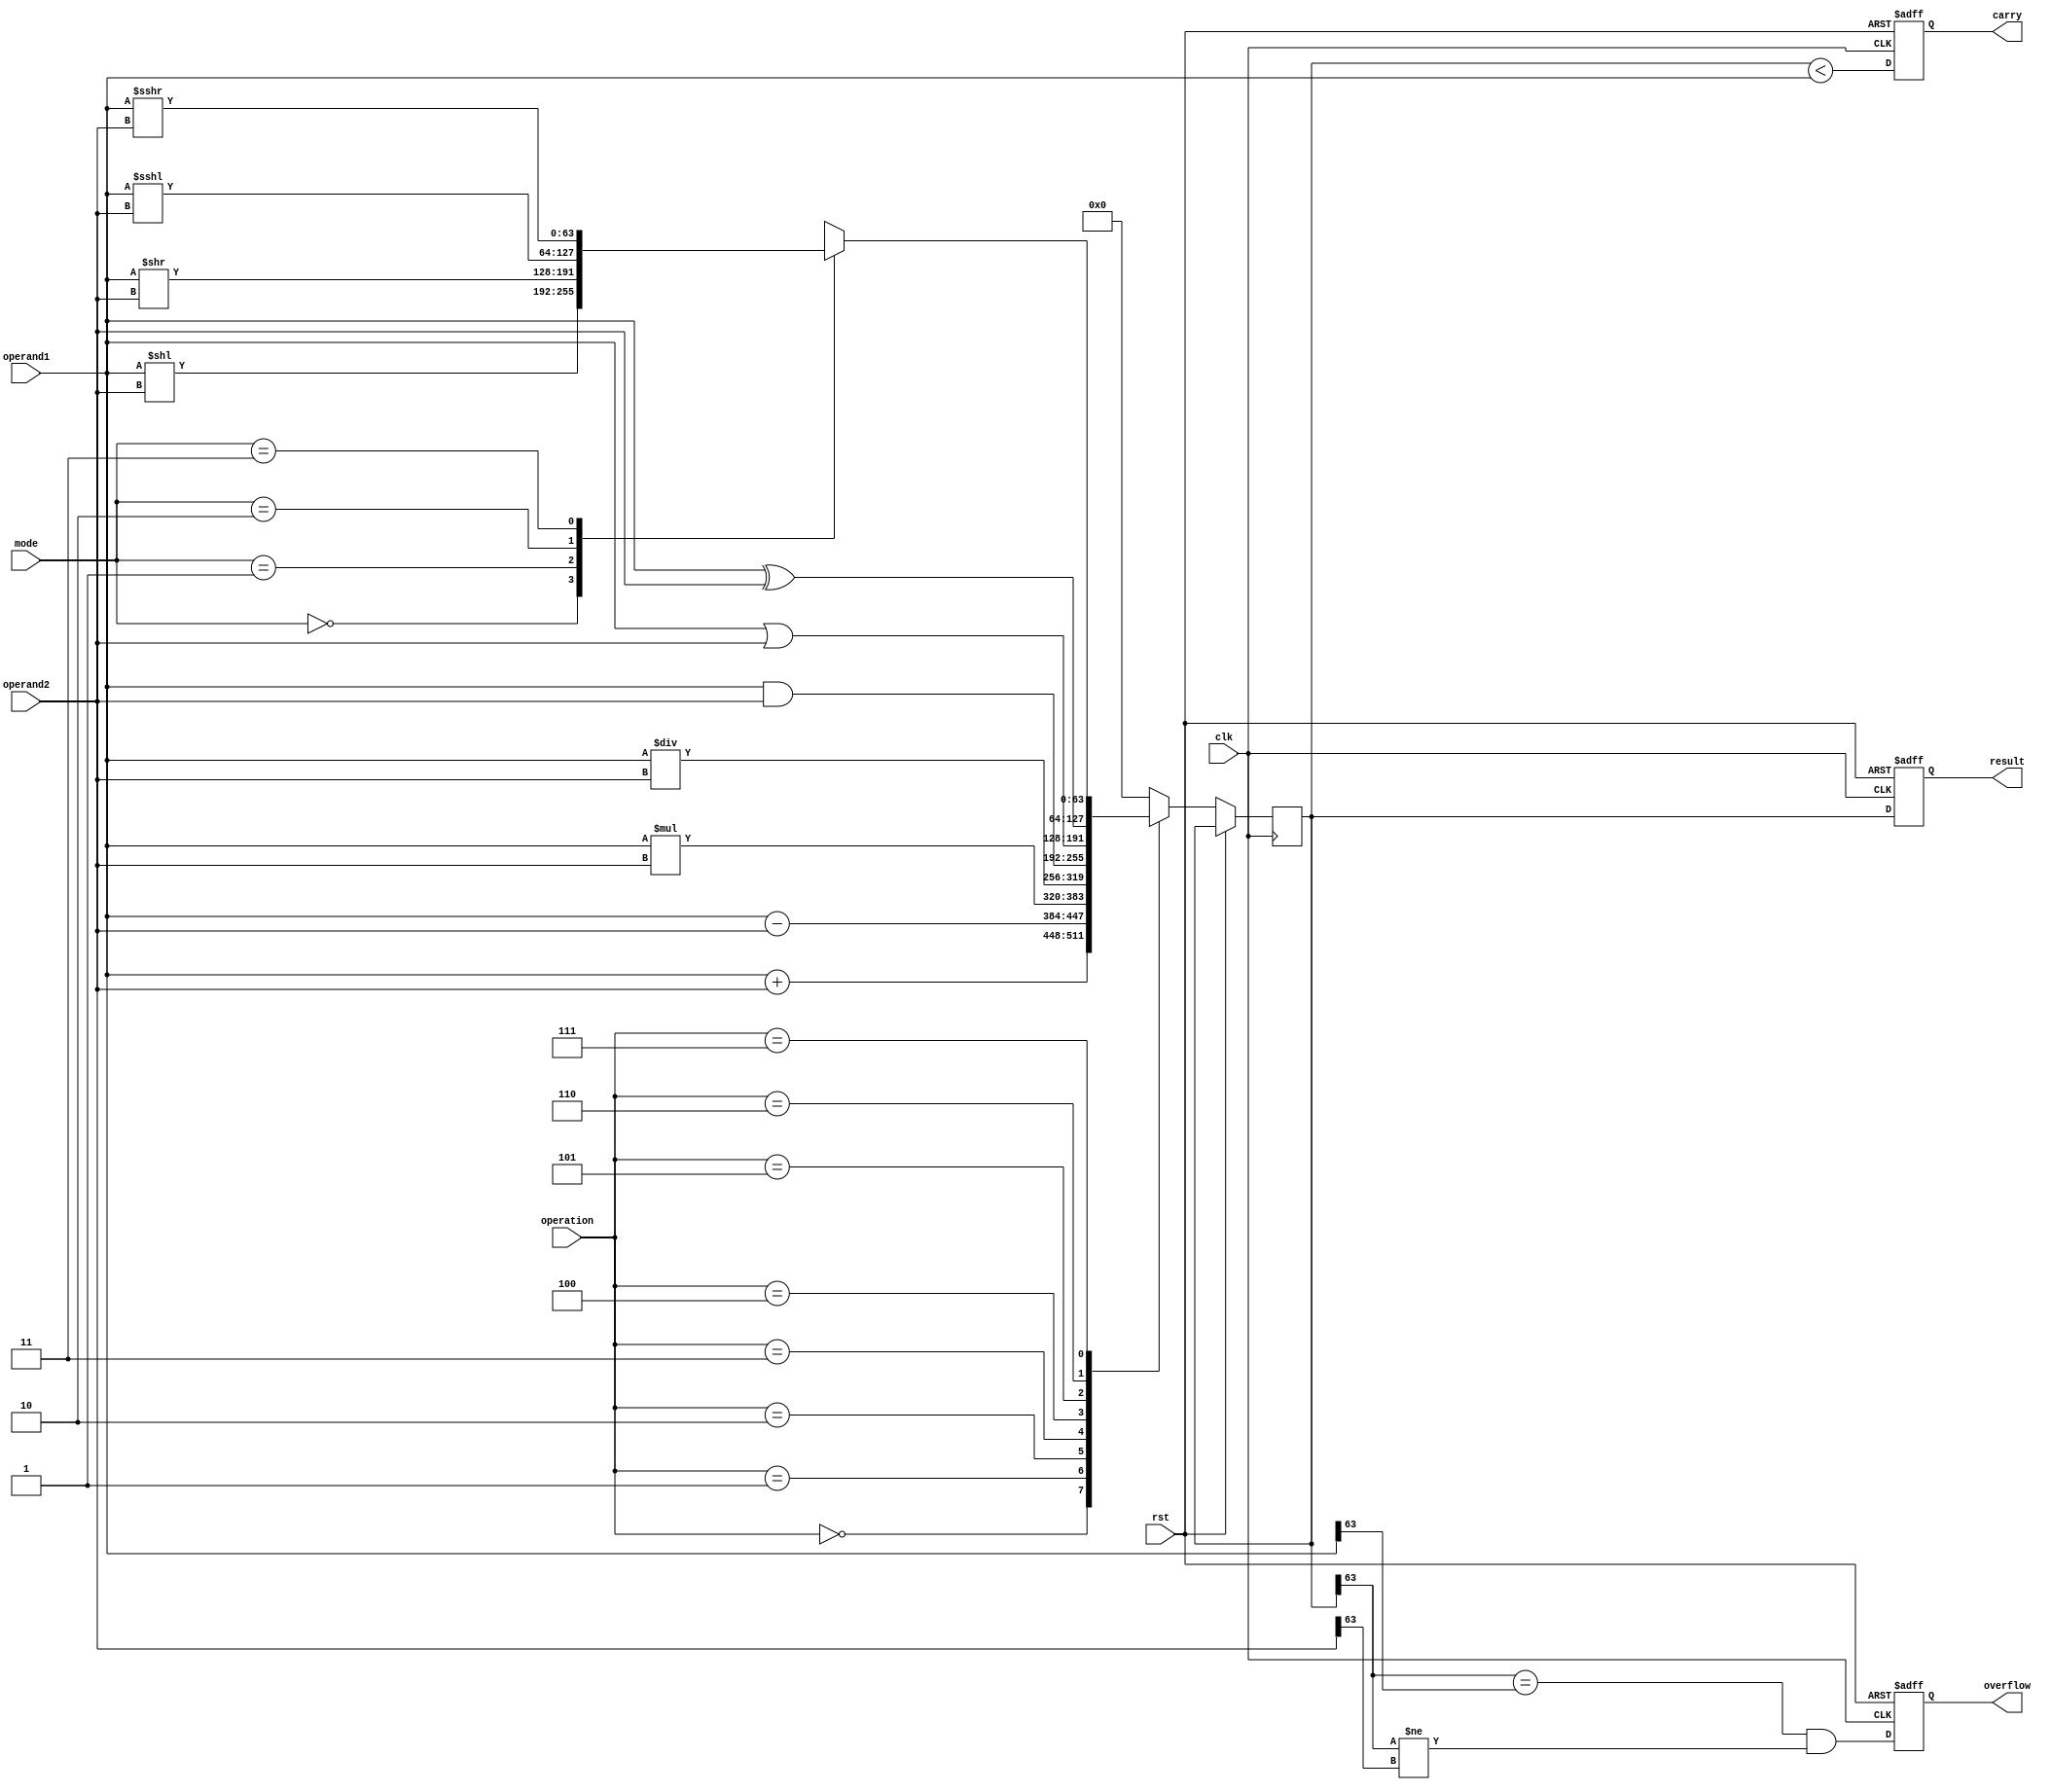
module ALU(input [63:0] operand1,
           input [63:0] operand2,
           input [3:0] operation,
           input [1:0] mode,
           input clk,
           input rst,
           output reg [63:0] result,
           output reg overflow,
           output reg carry);

   reg [63:0] temp_result;
   
   always @(posedge clk, posedge rst) begin
      if (rst) begin
         result <= 64'd0;
         overflow <= 1'b0;
         carry <= 1'b0;
      end else begin
         case(operation)
            4'b0000: temp_result <= operand1 + operand2; // Addition
            4'b0001: temp_result <= operand1 - operand2; // Subtraction
            4'b0010: temp_result <= operand1 * operand2; // Multiplication
            4'b0011: temp_result <= operand1 / operand2; // Division
            4'b0100: temp_result <= operand1 & operand2; // Bitwise AND
            4'b0101: temp_result <= operand1 | operand2; // Bitwise OR
            4'b0110: temp_result <= operand1 ^ operand2; // Bitwise XOR
            4'b0111: begin // Bitwise Shift
                      case(mode)
                         2'b00: temp_result <= operand1 << operand2; // Left shift
                         2'b01: temp_result <= operand1 >> operand2; // Right shift
                         2'b10: temp_result <= operand1 <<< operand2; // Logic left shift
                         2'b11: temp_result <= operand1 >>> operand2; // Logic right shift
                      endcase
                   end
            default: temp_result <= 64'd0;
         endcase
         
         result <= temp_result;
         overflow <= (temp_result[63] == operand1[63] && temp_result[63] != operand2[63]);
         carry <= (temp_result < operand1);
      end
   end
endmodule